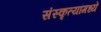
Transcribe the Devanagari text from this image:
संस्कृत्यांमध्ये